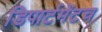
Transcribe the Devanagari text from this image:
डिपार्टमेंटच